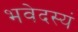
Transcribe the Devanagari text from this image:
भवेदस्यं